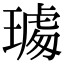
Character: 𤩁